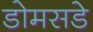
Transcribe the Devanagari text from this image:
डोमसडे